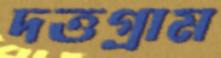
দত্তগ্রাম